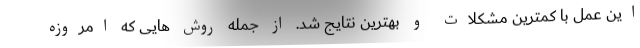
این عمل با کمترین مشکلات و بهترین نتایج شد. از جمله روش هایی که امروزه